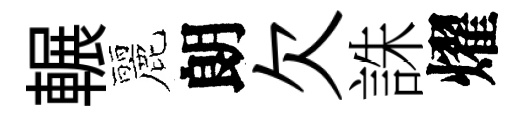
輾麗朗欠誅燿